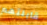
قابلتهم